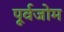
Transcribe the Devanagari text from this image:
पूर्वजोम